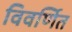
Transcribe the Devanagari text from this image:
विवर्णित